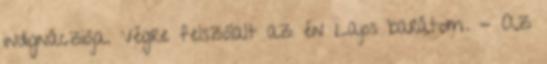
indignácziója. Végre felszólalt az én Lajos barátom. - Az